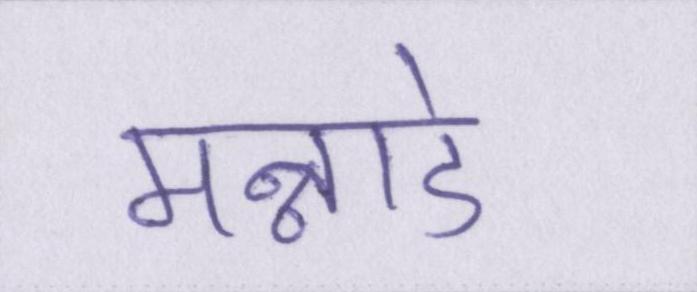
मन्नाडे